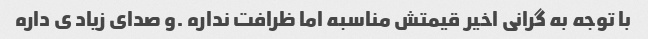
با توجه به گرانی اخیر قیمتش مناسبه اما ظرافت نداره .و صدای زیاد ی داره